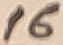
Text: 16